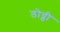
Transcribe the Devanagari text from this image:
डोव्डी